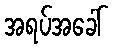
အရပ်အခေါ်